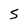
Character: 5